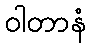
ဝါတာနံ